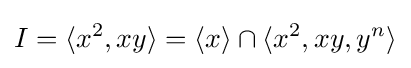
I=\langle x^{2},xy\rangle =\langle x\rangle \cap \langle x^{2},xy,y^{n}\rangle